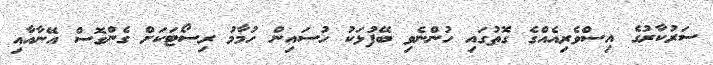
ސަރުކާރުގެ އިސްވެރިއެއްގެ ގޮތުގައި ހުންނެވި ބޭފުޅަކު ހުސައިން ހުމާމު ރިސޯޓަކަށް ގެންގޮސް އޭނާއާއި